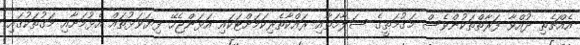
އެއްޗެތި ދުއްވާ ފަރާތްތަކުންވެސް މަގުމަތީގެ ސަލާމަތާއި ރައްކާތެރިކަމަށްޓަކައި އަޅަންޖެހޭ ފިޔަވަޅުތައް އެޅުމަށާއި މަގުތަކުގައި